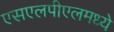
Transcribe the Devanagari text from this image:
एसएलपीएलमध्ये